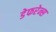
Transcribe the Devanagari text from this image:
डेफरेन्स